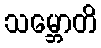
သမ္ဘောတိ